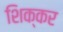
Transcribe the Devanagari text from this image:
शिक्कर